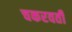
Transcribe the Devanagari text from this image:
चकरवर्ती